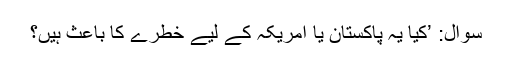
سوال: ’کیا یہ پاکستان یا امریکہ کے لیے خطرے کا باعث ہیں؟